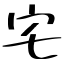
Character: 宅